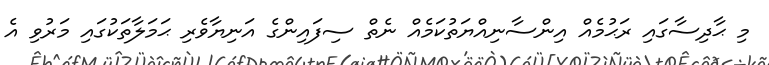
މި ޙާދިސާގައި ރަޙުމެއް އިންސާނިއްޔަތުކަމެއް ނެތް ސިފައިންގެ އަނިޔާވެރި ޙަމަލާތަކުގައި މަރުވި އެ